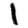
Digit: 1